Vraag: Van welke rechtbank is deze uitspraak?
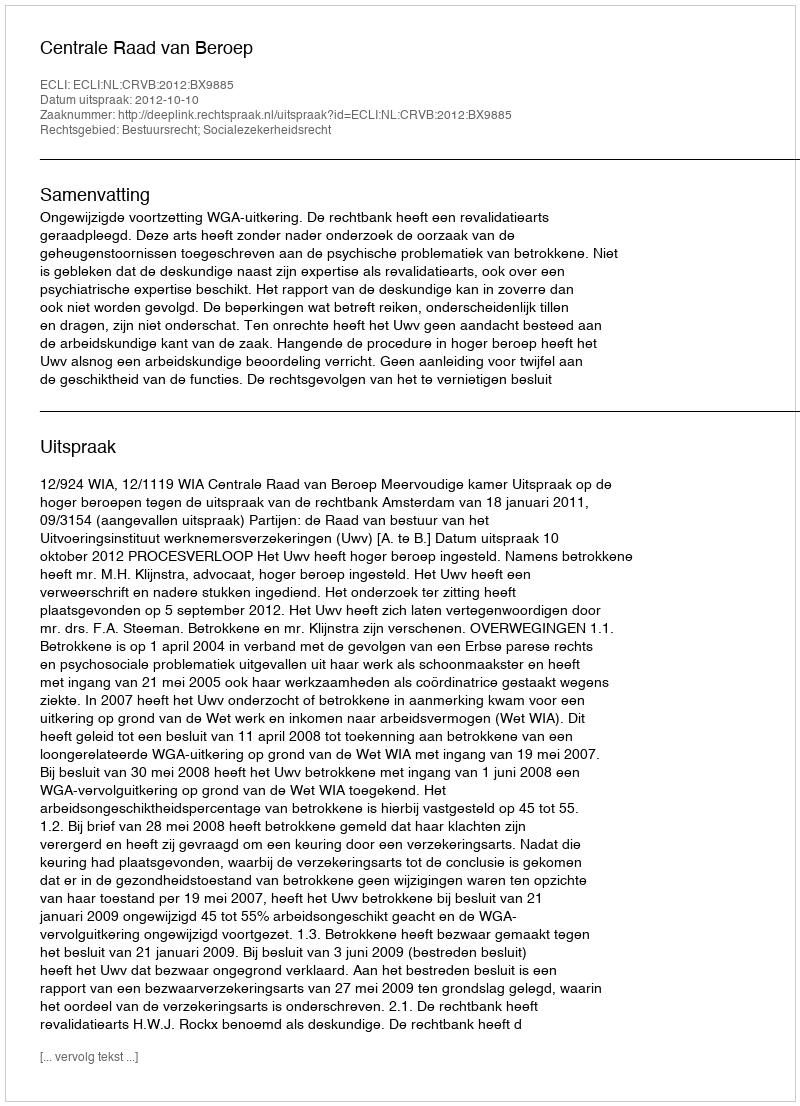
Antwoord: Centrale Raad van Beroep